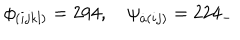
\phi _ { ( i j k l ) } = 2 9 4 , \quad \psi _ { \dot { a } ( i j ) } = 2 2 4 _ { - }